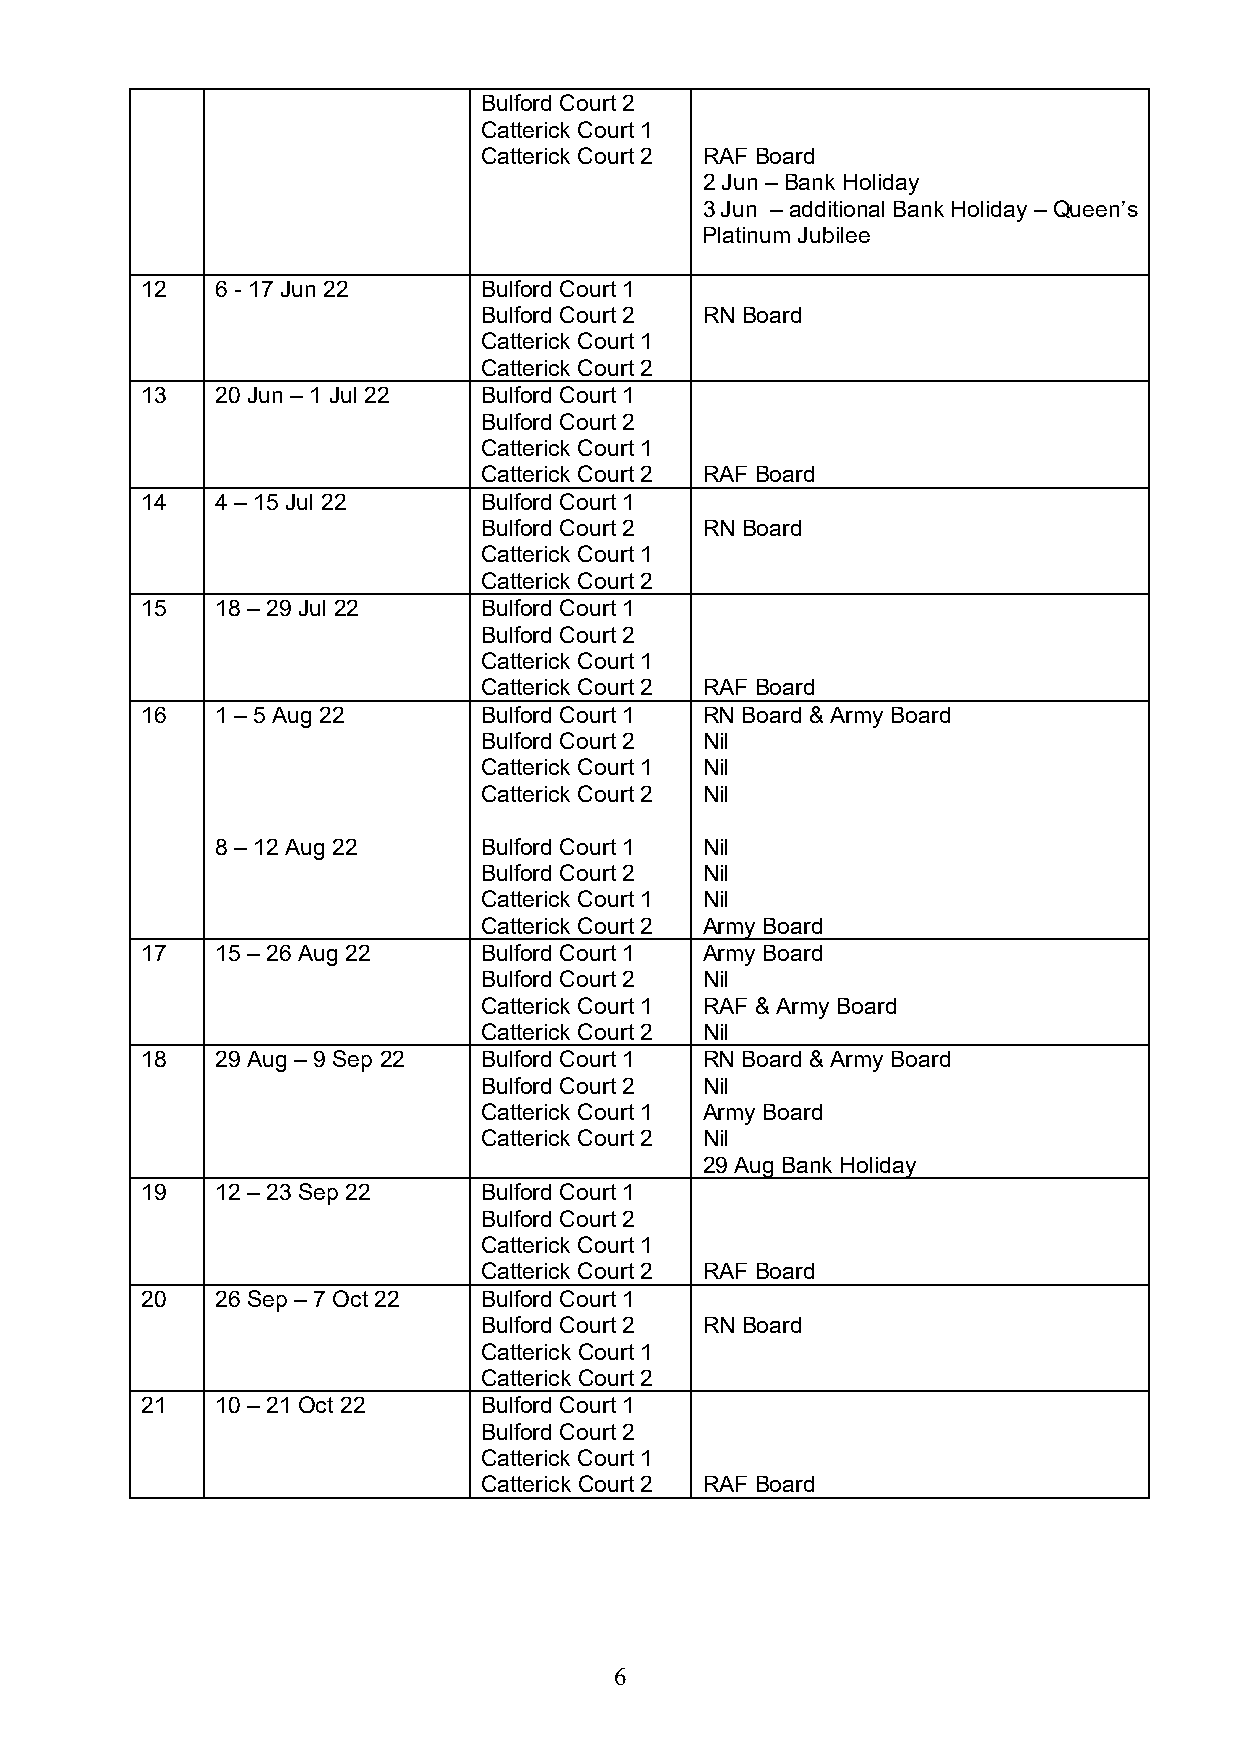
Bulford Court 2
 Catterick Court 1
 Catterick Court 2 RAF Board
 2 Jun – Bank Holiday
 3 Jun – additional Bank Holiday – Queen’s
 Platinum Jubilee
 12   6 - 17 Jun 22     Bulford Court 1
 Bulford Court 2 RN Board
 Catterick Court 1
 Catterick Court 2
 13   20 Jun – 1 Jul 22 Bulford Court 1
 Bulford Court 2
 Catterick Court 1
 Catterick Court 2 RAF Board
 14   4 – 15 Jul 22     Bulford Court 1
 Bulford Court 2 RN Board
 Catterick Court 1
 Catterick Court 2
 15   18 – 29 Jul 22    Bulford Court 1
 Bulford Court 2
 Catterick Court 1
 Catterick Court 2 RAF Board
 16   1 – 5 Aug 22      Bulford Court 1 RN Board & Army Board
 Bulford Court 2 Nil
 Catterick Court 1 Nil
 Catterick Court 2 Nil
 8 – 12 Aug 22     Bulford Court 1 Nil
 Bulford Court 2 Nil
 Catterick Court 1 Nil
 Catterick Court 2 Army Board
 17   15 – 26 Aug 22    Bulford Court 1 Army Board
 Bulford Court 2 Nil
 Catterick Court 1 RAF & Army Board
 Catterick Court 2 Nil
 18   29 Aug – 9 Sep 22 Bulford Court 1 RN Board & Army Board
 Bulford Court 2 Nil
 Catterick Court 1 Army Board
 Catterick Court 2 Nil
 29 Aug Bank Holiday
 19   12 – 23 Sep 22    Bulford Court 1
 Bulford Court 2
 Catterick Court 1
 Catterick Court 2 RAF Board
 20   26 Sep – 7 Oct 22 Bulford Court 1
 Bulford Court 2 RN Board
 Catterick Court 1
 Catterick Court 2
 21   10 – 21 Oct 22    Bulford Court 1
 Bulford Court 2
 Catterick Court 1
 Catterick Court 2 RAF Board
 6